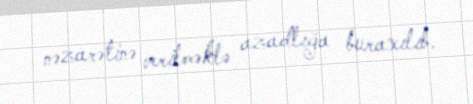
nəzarətinə verilməklə azadlığa buraxılıb.